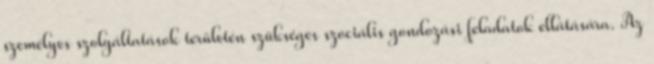
személyes szolgáltatások területén szükséges szociális gondozási feladatok ellátására. Az